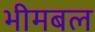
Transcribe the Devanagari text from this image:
भीमबल